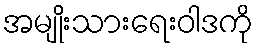
အမျိုးသားရေးဝါဒကို